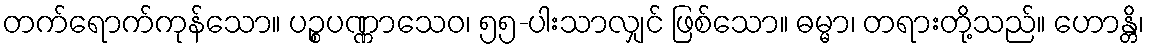
တက်ရောက်ကုန်သော။ ပဉ္စပဏ္ဏာသေဝ၊ ၅၅-ပါးသာလျှင် ဖြစ်သော။ ဓမ္မာ၊ တရားတို့သည်။ ဟောန္တိ၊